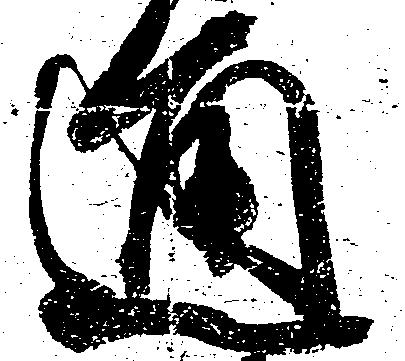
通